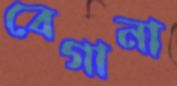
বেগানা